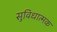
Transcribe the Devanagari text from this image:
सुविधात्मक